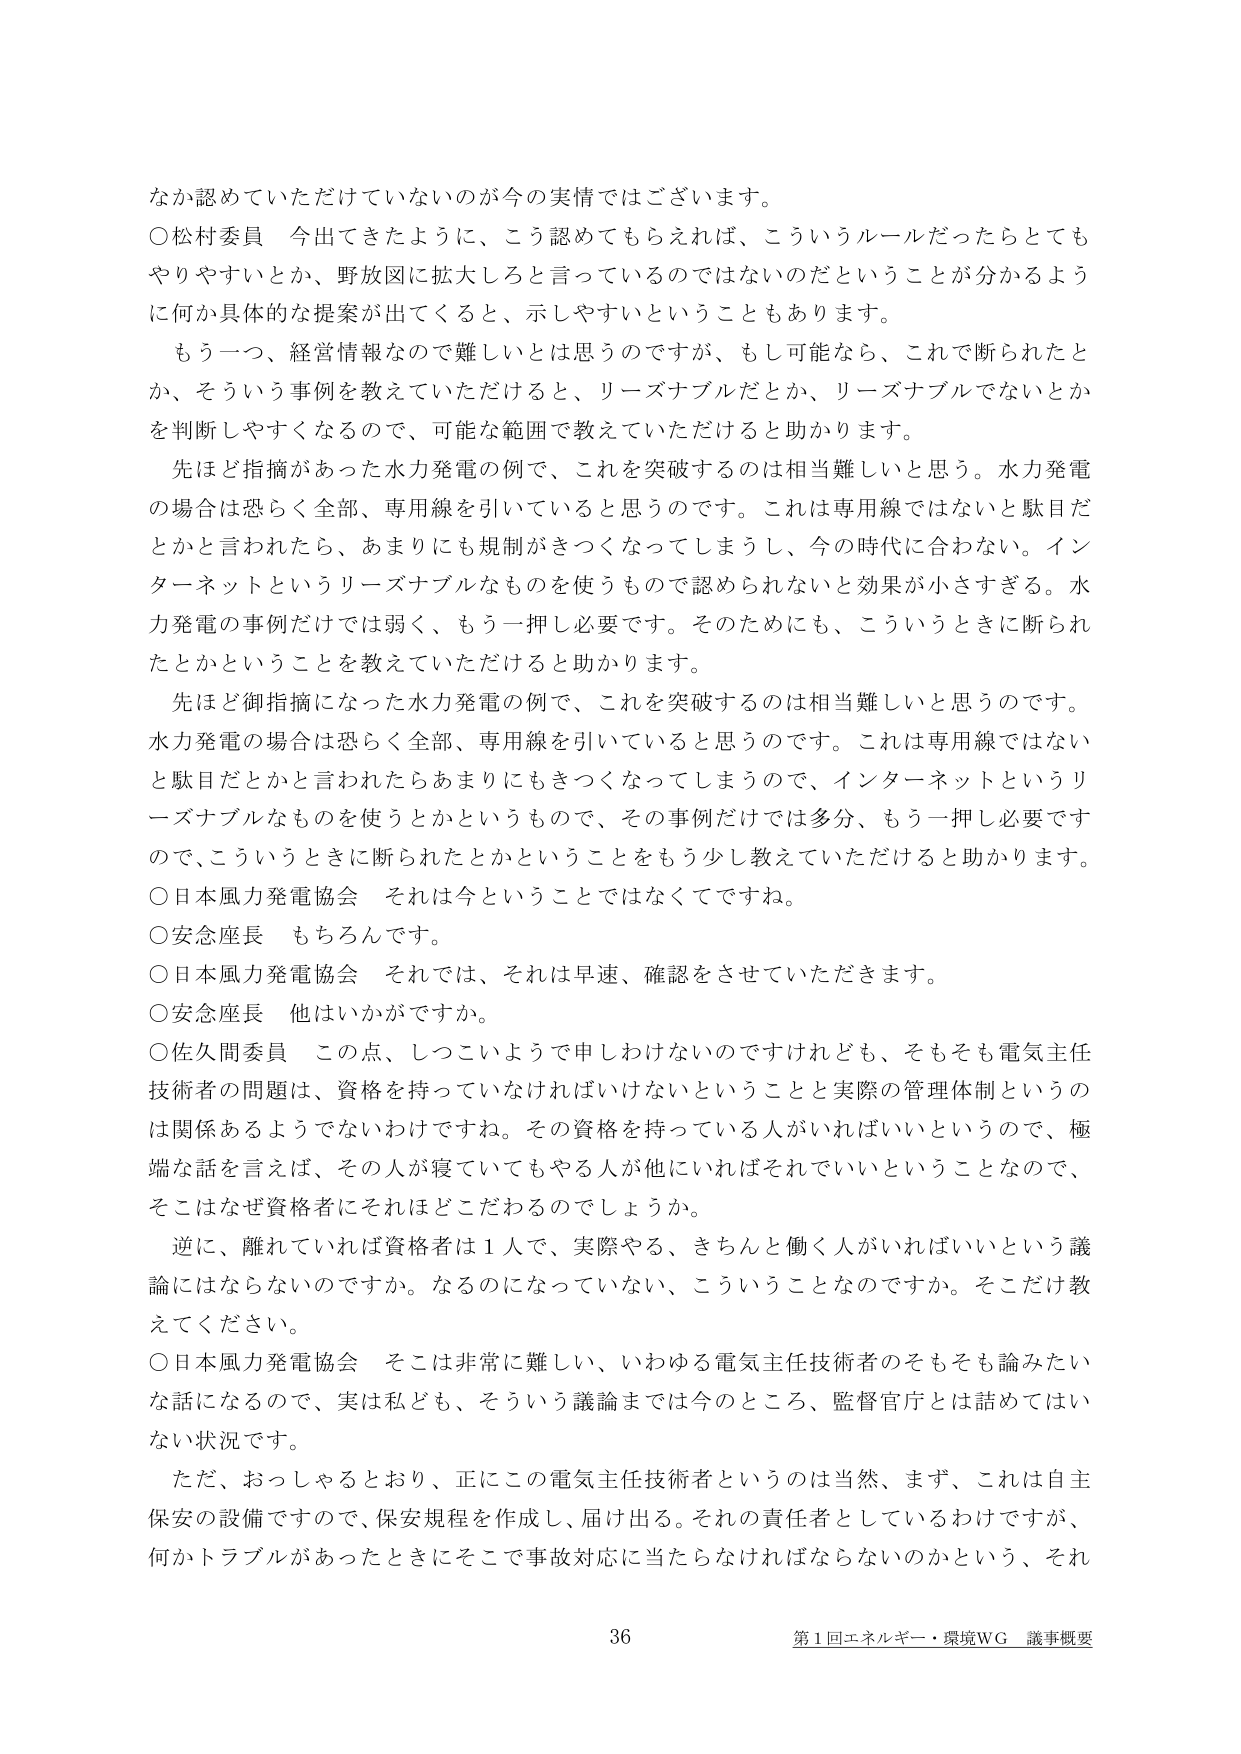
なか認めていただけていないのが今の実情ではございます。

○松村委員　今出てきたように、こう認めてもらえれば、こういうルールだったらとてもやりやすいとか、野放図に拡大しろと言っているのではないのだということが分かるように何か具体的な提案が出てくると、示しやすいということもあります。

もう一つ、経営情報なので難しいとは思うのですが、もし可能なら、これで断られたとか、そういう事例を教えていただけると、リーズナブルだとか、リーズナブルでないとかを判断しやすくなるので、可能な範囲で教えていただけると助かります。

先ほど指摘があった水力発電の例で、これを突破するのは相当難しいと思う。水力発電の場合は恐らく全部、専用線を引いていると思うのです。これは専用線ではないと駄目だとかと言われたら、あまりにも規制がきつくなってしまうし、今の時代に合わない。インターネットというリーズナブルなものを使うもので認められないとき効果が小さすぎる。水力発電の事例だけでは弱く、もう一押し必要です。そのためにも、こういうときに断られたとかということを教えていただけると助かります。

先ほど御指摘になった水力発電の例で、これを突破するのは相当難しいと思うのです。水力発電の場合は恐らく全部、専用線を引いていると思うのです。これは専用線ではないと駄目だとかと言われたらあまりにもきつくなってしまうので、インターネットというリーズナブルなものを使うとかというもので、その事例だけでは多分、もう一押し必要ですので、こういうときに断られたとかということをもう少し教えていただけると助かります。

○日本風力発電協会　それは今ということではなくてですね。

○安念座長　もちろんです。

○日本風力発電協会　それでは、それは早速、確認をさせていただきます。

○安念座長　他はいかがですか。

○佐久間委員　この点、しつこいようで申しわけないのですが、そもそも電気主任技術者の問題は、資格を持っていなければならないということと実際の管理体制というのは関係あるようでないわけですね。その資格を持っている人がいればいいというので、極端な話を言えば、その人が寝ていてもやる人が他にいればそれでいいということなので、そこはなぜ資格者にそれほどこだわるのでしょうか。

逆に、離れていても資格者は1人で、実際やる、きちんと働く人がいればいいという議論にはならないのですか。なるになっていない、こういうことなのですか。そこだけ教えてください。

○日本風力発電協会　そこは非常に難しい、いわゆる電気主任技術者のそもそも論みたいな話になるので、実は私ども、そういう議論までは今のところ、監督官庁とは話めてはいない状況です。

ただ、おっしゃるとおり、正にこの電気主任技術者というのは当然、まず、これは自主保安の設備ですので、保安規程を作成し、届け出る。それの責任者としているわけですが、何かトラブルがあったときにそこで事故対応に当たらなければならないのかという、それ

36
第1回エネルギー・環境WG 議事概要